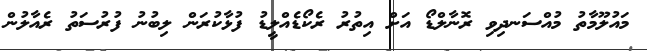
މައުލޫމާތު މުއްސަނދިވި ރޮނާލްޑޯ އަށް އިތުރު ރެކޯޑެއްލީޑު ފުޅާކުރަން ލިބުނު ފުރުސަތު ރެއާލުން